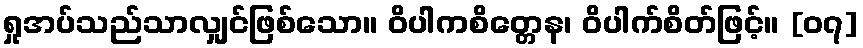
ရှုအပ်သည်သာလျှင်ဖြစ်သော။ ဝိပါကစိတ္တေန၊ ဝိပါက်စိတ်ဖြင့်။ [၀၇]